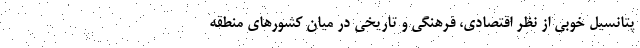
پتانسیل خوبی از نظر اقتصادی، فرهنگی و تاریخی در میان کشورهای منطقه